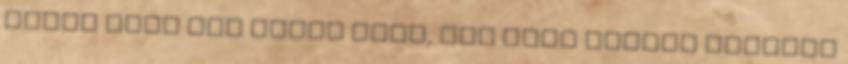
pedig csak két napja volt, úgy érzi muszáj valamit